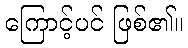
ကြောင့်ပင် ဖြစ်၏။